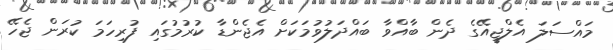
މައްސަލަ އެލްޖީއޭގެ ދެން ބާއްވާ ބައްދަލުވުމަކަށް އެޖެންޑާ ކުރުމުގައި ފުރިހަމަ ކުރަން ޖެހޭ